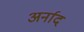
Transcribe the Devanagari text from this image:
अर्नाद